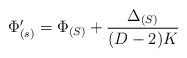
LaTeX: \begin{align*}\Phi'_{(s)} = \Phi_{(S)} + \frac{\Delta_{(S)}}{(D-2)K}\end{align*}